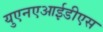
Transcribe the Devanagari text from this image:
युएनएआईडीएस